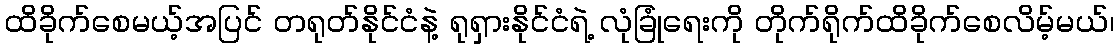
ထိခိုက်စေမယ့်အပြင် တရုတ်နိုင်ငံနဲ့ ရုရှားနိုင်ငံရဲ့ လုံခြုံရေးကို တိုက်ရိုက်ထိခိုက်စေလိမ့်မယ်၊